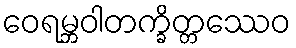
ဝေရမ္ဘဝါတက္ခိတ္တဿေဝ